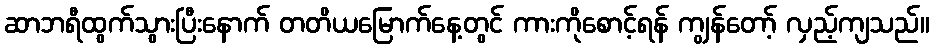
ဆာဘရီထွက်သွားပြီးနောက် တတိယမြောက်နေ့တွင် ကားကိုစောင့်ရန် ကျွန်တော့် လှည့်ကျသည်။